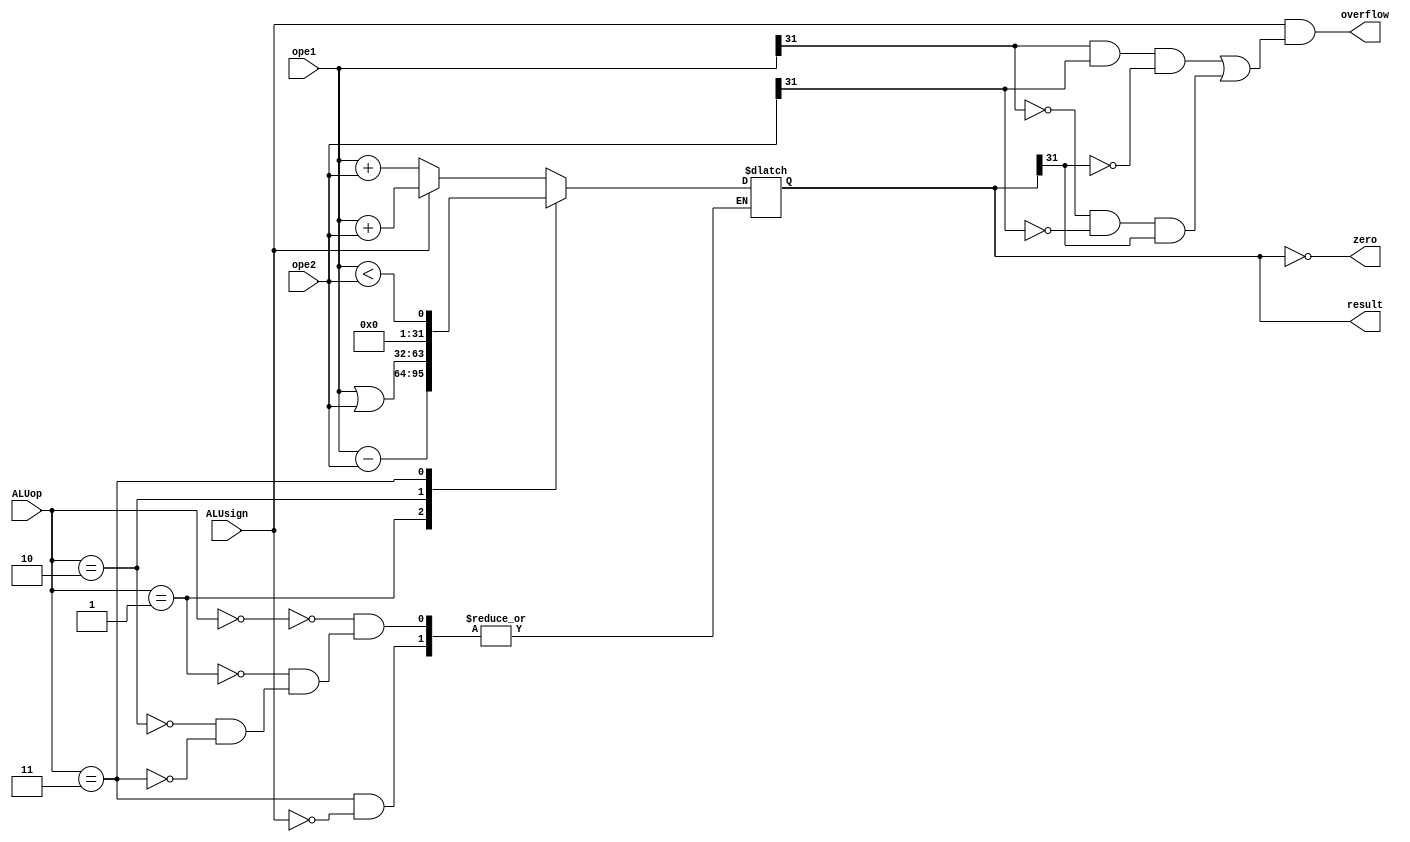
module alu(ope1, ope2, ALUop, ALUsign, result, zero, overflow);
    input [31:0] ope1, ope2;
    input [1:0] ALUop;
    input ALUsign;
    output reg [31:0] result;
    output overflow;
    output zero;
    assign zero = (result == 0);
    assign overflow = ( ALUsign && ( (ope1[31]&ope2[31]&~result[31]) ||
                    (~ope1[31]&~ope2[31]&result[31]) ) );

    always @(ope1, ope2, ALUop) begin
        case (ALUop)
        //addu subu add or 
           2'b00:begin
                if(ALUsign) result <= $signed(ope1) + $signed(ope2);
                else result <= ope1 + ope2;
            end
            2'b01:result <= ope1 - ope2;
            2'b10:result <= ope1 | ope2;
            2'b11:if(ALUsign)begin
                result <= ($signed(ope1) < $signed(ope2));
                end
        endcase
    end

endmodule